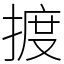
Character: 𢱋